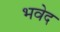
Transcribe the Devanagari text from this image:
भवेद